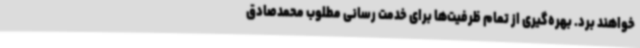
خواهند برد. بهره‌گیری از تمام ظرفیت‌ها برای خدمت رسانی مطلوب محمدصادق